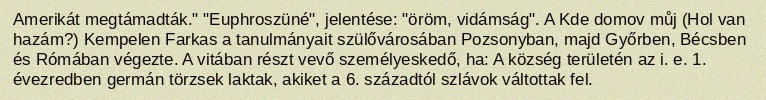
Amerikát megtámadták." "Euphroszüné", jelentése: "öröm, vidámság". A Kde domov můj (Hol van hazám?) Kempelen Farkas a tanulmányait szülővárosában Pozsonyban, majd Győrben, Bécsben és Rómában végezte. A vitában részt vevő személyeskedő, ha: A község területén az i. e. 1. évezredben germán törzsek laktak, akiket a 6. századtól szlávok váltottak fel.